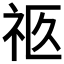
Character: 𰧴